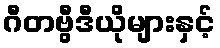
ဂီတဗွီဒီယိုများနှင့်